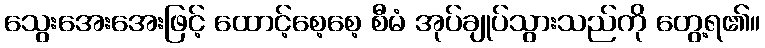
သွေးအေးအေးဖြင့် ထောင့်စေ့စေ့ စီမံ အုပ်ချုပ်သွားသည်ကို တွေ့ရ၏။